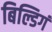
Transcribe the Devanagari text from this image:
बिल्डिगं